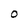
Character: 0